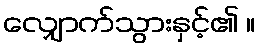
လျှောက်သွားနှင့်၏ ။